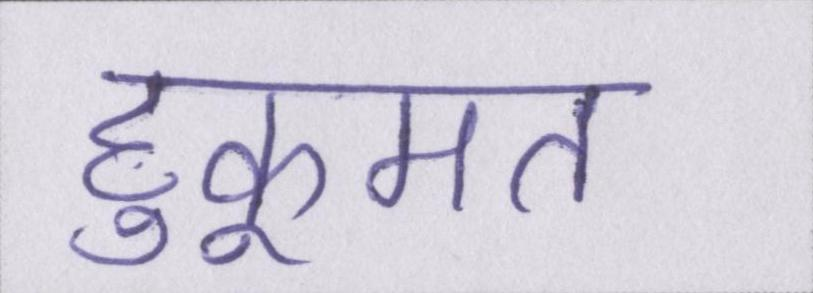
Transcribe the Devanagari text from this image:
हुकूमत